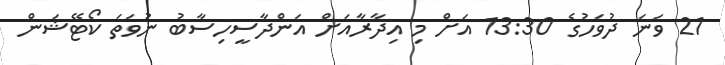
21 ވަނަ ދުވަހުގެ 13:30 އަށް މި އިދާރާއަށް އަންދާސީހިސާބު ނުވަތަ ކޯޓޭޝަން